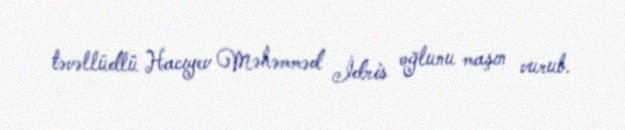
təvəllüdlü Hacıyev Məhəmməd İdris oğlunu maşın vurub.